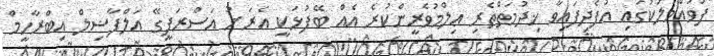
ފުވައްމުލަކުގައި އުފެދިފައިވާ ޚިދުމަތްތެރި ޢިލްމުވެރީންކުރެ އެއް ބޭފުޅަކީ އެރަށު އަސްރަފީގޭ އަލްފާޟިލް އިބްރާހީމް